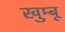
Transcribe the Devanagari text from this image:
खुम्बू